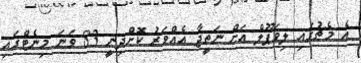
އެ މެޗުގައި ލިވަޕޫލް އަށް ނަތީޖާ އެއްވަރު ކޮށްދިނީ 83 ވަނަ މިނެޓްގައި